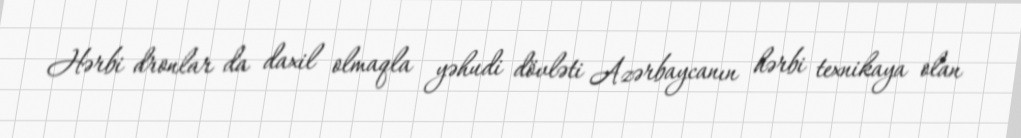
Hərbi dronlar da daxil olmaqla yəhudi dövləti Azərbaycanın hərbi texnikaya olan